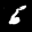
Label: 6